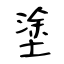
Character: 塗